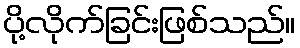
ပို့လိုက်ခြင်းဖြစ်သည်။